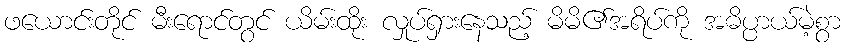
ဖယောင်းတိုင် မီးရောင်တွင် ယိမ်းထိုး လှုပ်ရှားနေသည့် မိမိ၏အရိပ်ကို အဓိပ္ပာယ်မဲ့စွာ